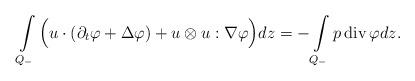
LaTeX: \begin{align*} \int\limits_{Q_-}\Big(u\cdot(\partial_t\varphi+\Delta \varphi)+u\otimes u:\nabla\varphi\Big)dz=-\int\limits_{Q_-}p\,{\rm div}\,\varphi dz. \end{align*}